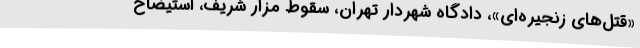
«قتل‌های زنجیره‌ای»، دادگاه شهردار تهران، سقوط مزار شریف، استیضاح